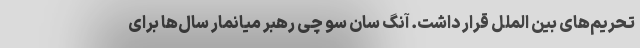
تحریم‌های بین الملل قرار داشت. آنگ سان سو چی رهبر میانمار سال‌ها برای